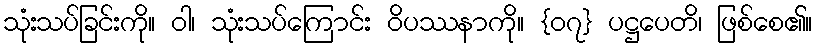
သုံးသပ်ခြင်းကို။ ဝါ၊ သုံးသပ်ကြောင်း ဝိပဿနာကို။ {၀၇} ပဋ္ဌပေတိ၊ ဖြစ်စေ၏။